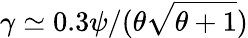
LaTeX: \gamma\simeq 0.3\psi/(\theta\sqrt{\theta+1})